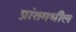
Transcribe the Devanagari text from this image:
प्रांतमधील